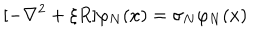
[ - \nabla ^ { 2 } + \xi R ] \varphi _ { N } ( x ) = \sigma _ { N } \varphi _ { N } ( x )